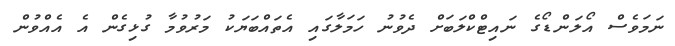
ނަމަވެސް އޯލަންޑޯގެ ނައިޓްކްލަބަށް ދެވުނު ހަމަލާގައި އެތައްބަޔަކު މަރުވުމާ ގުޅިގެން އެ އެއްވުން